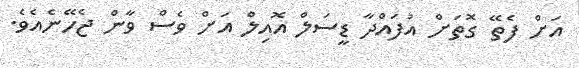
އަށް ފެތޭ ގޮތަށް އުފައްދާ ޑީސަލް އޮއިލް އަށް ވެސް ވާން ޖެހޭނެއެވެ.